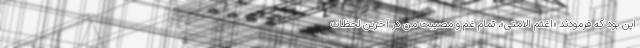
این بود که فرمودند «اغتم الامتی»، تمام غم و مصیبت من در آخرین لحظات